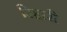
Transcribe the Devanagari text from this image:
रिहारी